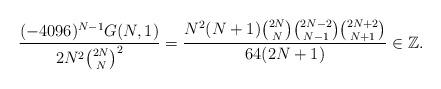
LaTeX: \begin{align*}\frac{(-4096)^{N-1} G(N,1)}{2N^2\binom{2N}{N}^2}=\frac{ N^2 (N+1) \binom{2 N}{N} \binom{2 N-2}{N-1} \binom{2 N+2}{N+1}}{64 (2 N+1)}\in \mathbb{Z}.\end{align*}